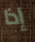
إذا